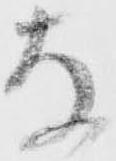
な